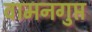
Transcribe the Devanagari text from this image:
वामनगुप्त